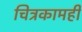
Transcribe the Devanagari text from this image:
चित्रकामही